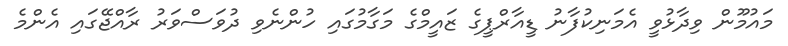
މައުމޫން ވިދާޅުވީ އެމަނިކުފާނު ޑީއާރްޕީގެ ޒައީމްގެ މަގާމުގައި ހުންނެވި ދުވަސްވަރު ރާއްޖޭގައި އެންމެ